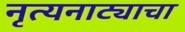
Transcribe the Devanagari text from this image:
नृत्यनाट्याचा